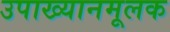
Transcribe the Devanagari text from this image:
उपाख्यानमूलक